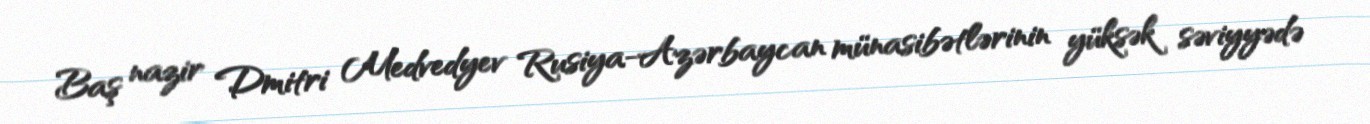
Baş nazir Dmitri Medvedyev Rusiya-Azərbaycan münasibətlərinin yüksək səviyyədə